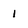
Character: 1